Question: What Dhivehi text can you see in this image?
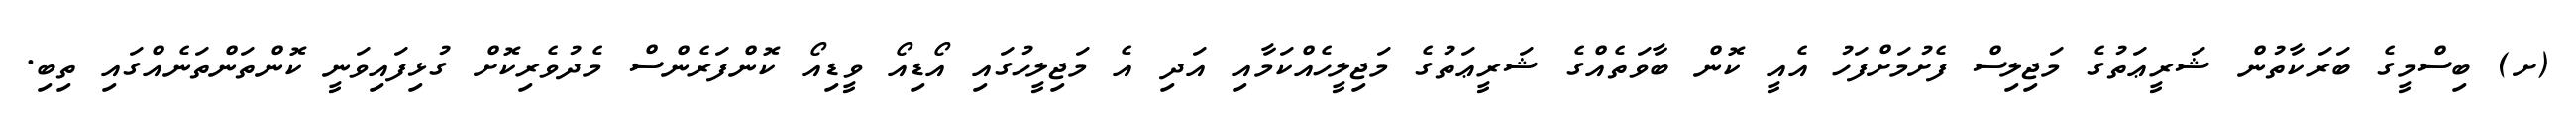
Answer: (ށ) ބިސްމީގެ ބަރަކާތުން ޝަރީޢަތުގެ މަޖިލިސް ފެށުމަށްފަހު އެއީ ކޮން ބާވަތެއްގެ ޝަރީޢަތުގެ މަޖިލީހެއްކަމާއި އަދި އެ މަޖިލީހުގައި އޯޑިއޯ ވީޑިއޯ ކޮންފަރެންސް މެދުވެރިކޮށް ގުޅިފައިވަނީ ކޮންތަންތަނެއްގައި ތިބި.